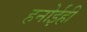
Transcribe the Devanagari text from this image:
हनोईही